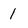
Character: 1